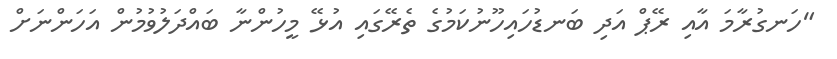
"ހަނގުރާމަ އާއި ރޭޕް އަދި ބަނޑުހައިހޫނުކަމުގެ ތެރޭގައި އުޅޭ މީހުންނާ ބައްދަލުވުމުން އަހަންނަށް